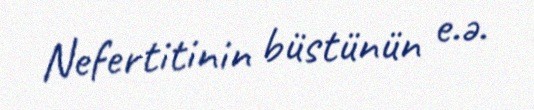
Nefertitinin büstünün e.ə.